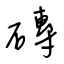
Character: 磚